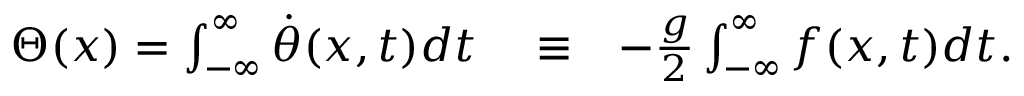
\begin{array} { r l r } { \Theta ( x ) = \int _ { - \infty } ^ { \infty } \dot { \theta } ( x , t ) d t } & { { } \equiv } & { - \frac { g } { 2 } \int _ { - \infty } ^ { \infty } f ( x , t ) d t . } \end{array}